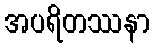
အပရိတဿနာ